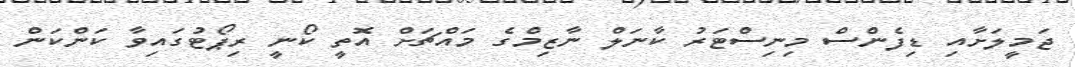
ޖަމީލަށާއި ޑިފެންސް މިނިސްޓަރު ކާނަލް ނާޒިމްގެ މައްޗަށް އޮތީ ކޯނީ ރިޕޯޓުގައިވާ ކަންކަން